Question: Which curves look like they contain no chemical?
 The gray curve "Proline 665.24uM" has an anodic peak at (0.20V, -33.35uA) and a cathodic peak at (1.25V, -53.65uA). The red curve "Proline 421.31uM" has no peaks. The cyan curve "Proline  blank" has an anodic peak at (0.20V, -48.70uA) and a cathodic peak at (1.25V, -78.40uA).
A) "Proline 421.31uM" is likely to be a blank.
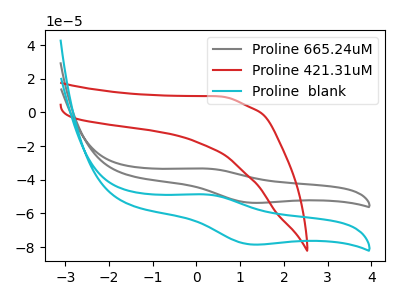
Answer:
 <answer>A) "Proline 421.31uM" is likely to be a blank.</answer>
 <eval>A</eval>